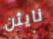
نايثن